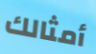
أمثالك